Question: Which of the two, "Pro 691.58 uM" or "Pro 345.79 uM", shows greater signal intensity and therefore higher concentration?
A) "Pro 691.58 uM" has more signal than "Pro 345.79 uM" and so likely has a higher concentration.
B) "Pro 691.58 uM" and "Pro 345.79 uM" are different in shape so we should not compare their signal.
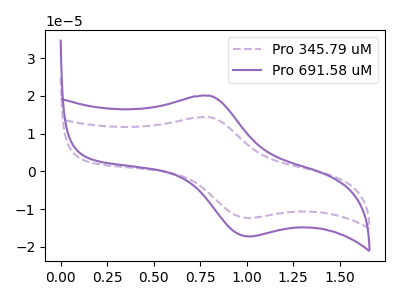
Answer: <think>The purple dashed curve "Pro 345.79 uM" has an anodic peak at (0.80V, 14.35uA) and a cathodic peak at (1.00V, -12.30uA). The purple curve "Pro 691.58 uM" has an anodic peak at (0.80V, 20.05uA) and a cathodic peak at (1.00V, -17.20uA).
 All the peaks in "Pro 691.58 uM" have a peak in "Pro 345.79 uM" at the same potential. Every peak in "Pro 691.58 uM" is higher than every peak in "Pro 345.79 uM".</think>
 <answer>A) "Pro 691.58 uM" has more signal than "Pro 345.79 uM" and so likely has a higher concentration.</answer>
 <eval>A</eval>